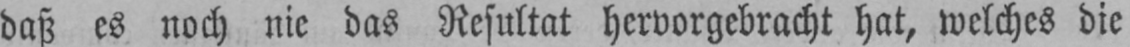
daß es noch nie das Resultat hervorgebracht hat, welches die